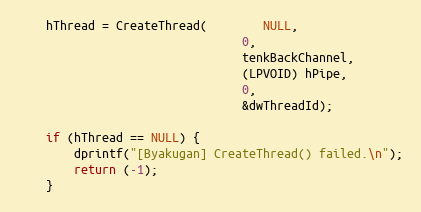
Language: C++
	hThread = CreateThread(		NULL,
								0,
								tenkBackChannel,
								(LPVOID) hPipe,
								0,
								&dwThreadId);

    if (hThread == NULL) {
        dprintf("[Byakugan] CreateThread() failed.\n");
        return (-1);
    }